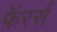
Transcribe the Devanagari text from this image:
फॅरर्स